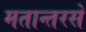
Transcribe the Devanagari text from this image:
मतान्तरसे